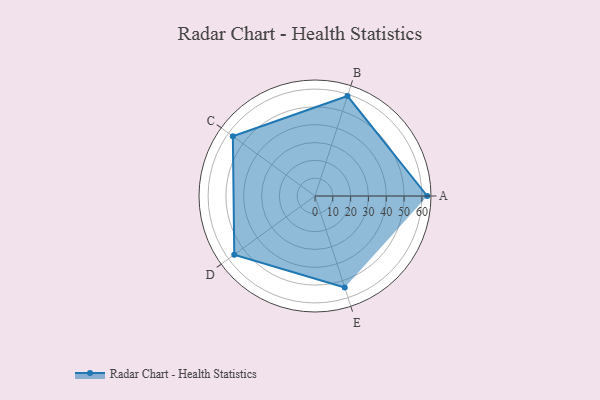
{"axis": {"x": "Skill", "y": "Score"}, "legend": ["Profile"], "data": [{"x": "A", "y": 63.0, "type": "Profile"}, {"x": "B", "y": 59.0, "type": "Profile"}, {"x": "C", "y": 57.0, "type": "Profile"}, {"x": "D", "y": 56.0, "type": "Profile"}, {"x": "E", "y": 54.0, "type": "Profile"}]}